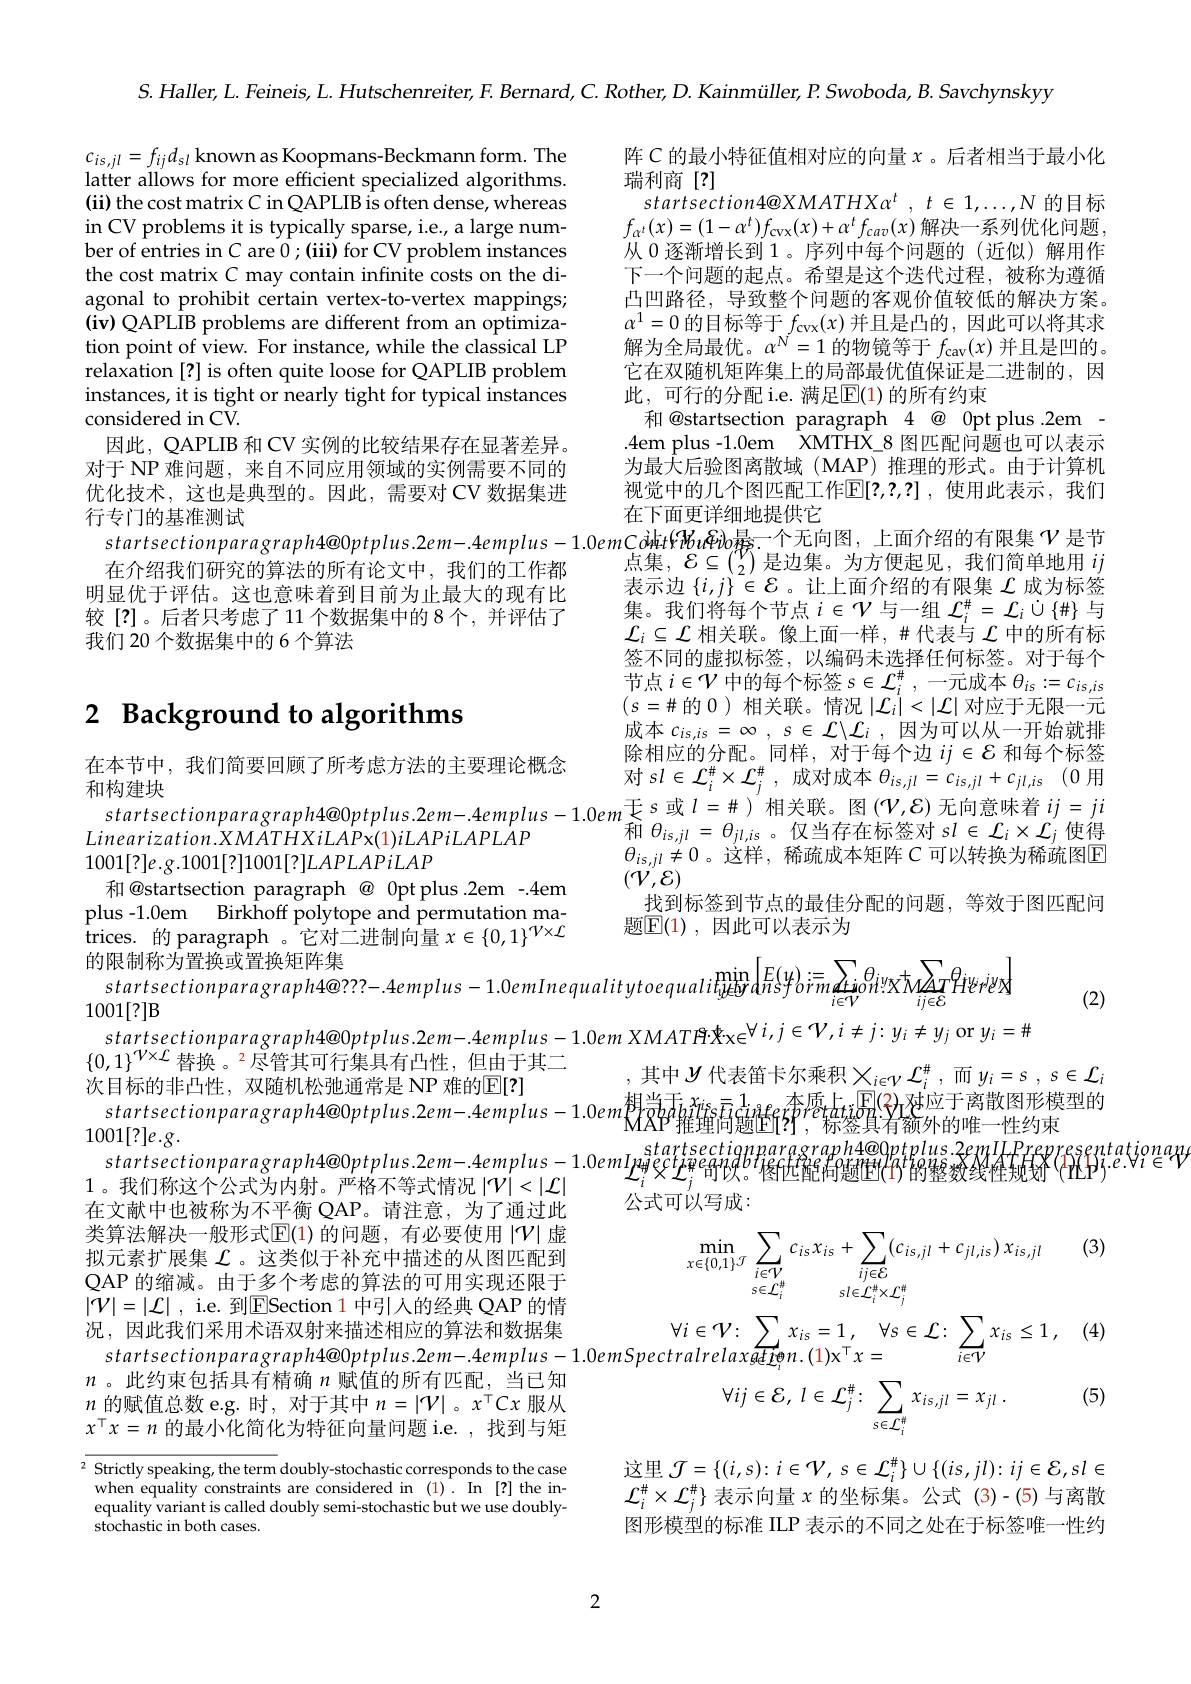
$S.Haller,L.Feineis,L.Hutschenreiter,F.Bernard,C.Rother,D.Kainmüller,P.Swoboda,B.Savchynskyy$

$c_{is,jl}=f_{ij}d_{sl}$ known as Koopmans-Beckmann form. Thelatter allows for more efficient specialized algorithms. (ii) the cost matrix C in QAPLIB is often dense, whereas in CV problems it is typically sparse, i.e., a large number of entries in C are 0;(iii) for CV problem instances the cost matrix C may contain infinite costs on the diagonal to prohibit certain vertex-to-vertex mappings; (iv) QAPLIB problems are different from an optimization point of view. For instance, while the classical LP relaxation [?] is often quite loose for QAPLIB problem instances, it is tight or nearly tight for typical instances considered in CV.
因此，QAPLIB 和 CV 实例的比较结果存在显著差异。对于 NP 难问题，来自不同应用领域的实例需要不同的优化技术，这也是典型的。因此，需要对 CV 数据集进行专门的基准测试
$startsectionparagraph4@0ptplus.2em-.4emplus-1.0emCoiktVHu$Pibo 最一个无向图，上面介绍的有限集$\mathcal{V}$是节
在介绍我们研究的算法的所有论文中，我们的工作都明显优于评估。这也意味着到目前为止最大的现有比较[?]。后者只考虑了11 个数据集中的 8个，并评估了我们 20 个数据集中的 6 个算法

阵$C$的最小特征值相对应的向量$x$。后者相当于最小化
瑞利商[?]
$startsection4@ XMATHX\alpha ^{t}$ , $t\in$ $1, \ldots , N$的目标$f_{\alpha^{t}}(x)=(1-\alpha^{t})f_{\mathrm{cvx}}(x)+\alpha^{t}f_{cav}(x)$解决一系列优化问题， 从 0 逐渐增长到 1。序列中每个问题的(近似)解用作下一个问题的起点。希望是这个迭代过程，被称为遵循凸凹路径，导致整个问题的客观价值较低的解决方案。$\alpha^1=0$的目标等于$f_\mathrm{cvx}(x)$并且是凸的，因此可以将其求解为全局最优。$\alpha^N=1$的物镜等于$f_\mathrm{cav}(x)$并且是凹的。它在双随机矩阵集上的局部最优值保证是二进制的，因此，可行的分配 i.e. 满足$\mathbb{E}(1)$ 的所有约束
和@startsection paragraph 4 @ 0pt plus .2em - .4em plus-1.0em XMTHX\_8 图匹配问题也可以表示$\hat{\text{为最大后验图离散域(MAP)推理的形式。由于计算机}}$ 视觉中的几个图匹配工作$\mathbb{E}[?,?,?]$,使用此表示，我们在下面更详细地提供它
点集，$\mathcal{E}\subseteq\binom{\mathcal V}2$是边集。为方便起见，我们简单地用$ij$ 表示边$\{i,j\}\in\mathcal{E}$ 。让上面介绍的有限集$\mathcal{L}$成为标签集。我们将每个节点$i\in\mathcal{V}$与一组 $\mathcal{L}_i^\#=\mathcal{L}_i\cup\{\#\}$ 与$\mathcal{L}_i\subseteq\mathcal{L}$相关联。像上面一样，并代表与$\mathcal{L}$中的所有标签不同的虚拟标签，以编码未选择任何标签。对于每个节点$i\in\mathcal{V}$中的每个标签$s\in\mathcal{L}_i^\#$,一元成本$\theta_is:=c_is,is$ $(s=\#$的0)相关联。情况$|\mathcal{L}_i|<|\mathcal{L}|$对应于无限一元成本 $c_{is, is}= \infty$ , $s\in \mathcal{L} \backslash \mathcal{L} _{i}$ , 因为可以从一开始就排除相应的分配。同样，对于每个边$ij\in\mathcal{E}$和每个标签
$\text{在 中 }^{\text{中 }\mathrm{, } }$ 我 们 间 变 回 顾 」 仍 存 心 刀 公 时 王 安 理 比 似 心 对 $sl\in \mathcal{L} _i^{\# }\times \mathcal{L} _j^{\# }$,成 对 成 本 $\theta _{is, jll}= c_{is, jl}+ c_{jl, is}$ (0用 和 构 建 块 对 $sl\in \mathcal{L} _i^{\# }\times \mathcal{L} _j^{\# }$,成 对 成 本 $\theta _{is, jll}= c_{is, jl}+ c_{jl, is}$ (0 用 $startsectionparagraph4@ 0ptplus. 2em- 4emplus- 1. 0em$于 $s$ 或 $l=$
和$\theta_{is,jl}=\theta_{jl,is}$。仅当存在标签对$sl\in\mathcal{L}_i\times\mathcal{L}_j$使得$\begin{array}{l}{\theta_{is,jl}\neq0\text{。这样，稀疏成本矩阵 }C\text{ 可以转换为稀疏图E}}\\{(\mathcal V,\mathcal E)}\end{array}$ 找到标签到节点的最佳分配的问题，等效于图匹配问题$\mathbb{E}(1)$,因此可以表示为

## 2 Background to algorithms

在本节中，我们简要回顾了所考虑方法的主要理论概念

$Linearization.XMATHXiLAPx(1)iLAPiLAPLAP$

$1001[?]e.g.1001[?]1001[?]LAPLAPiLAP$

和@startsection paragraph@0ptplus.2em-.4em

plus -1.0em Birkhoff polytope and permutation ma-

$\begin{array}{l}{\mathrm{pus~1.0cint~Dinkion~porytopc~anu~pcintuuton~nu}}\\{\mathrm{trices.~}\text{的 paragraph。它对二进制向量}x\in\{0,1\}^{\mathcal V\times\mathcal{L}}}\\{\mathrm{thetint:L}}\end{array}$

的 限 制 称 为 置 换 或 置 换 矩 阵 集 $startsectionparagraph4@???-.4emplus-1.0emInequalitytoequalim_{y\in\mathbf{b}\mathbf{r}}\left[\lim_{i\neq\mathbf{b}}E(y)_{i=\mathbf{c}}\bar{r}\sum_{i\in\mathbf{v}}\theta_{ii}y_{x}\bar{M}_{ii\in\mathbf{c}}\bar{H}_{i}z_{i}z_{i}z_{i}\right]$

(2)

$\{0,1\}^{\mathcal{V}\times\mathcal{L}}$替换。2尽管其可行集具有凸性，但由于其二
,其中$y$ 代表笛卡尔乘积$\underline{X}_i\in\mathcal{V}\mathcal{L}_i^\#$,而$y_i=s,s\in\mathcal{L}_i$
次目标的非凸性，双随机松驰通常是 NP 难的$\overline{\mathrm{E}}[?]$
认 自 你 时 9+计 口 性 , 从 随 机 公 息 通 书 定 $\mathbf{N} 1$ At日 门 $[ \cdot ]$ $startsectionparagraph4@ 0ptplus. 2em- . 4emplus- 1. 0em$根 $P_{\text{推 撞 咼 f? }^{p}, \text{标 }tti\text{型 }}^{\mathrm{E} }( 2)$梦 应 于 离 散 图 形 模 型 的 $startsectionparagraph4@0ptplus.2em-.4emplus-1.0em\text{R}_{\text{Statsectionnarasanb4@}0ntinlus}2emUPrenresem$
$startsectionparagraph4@0ptplus.2em-4emplus-1.0emI_{2\text{调}_i^{tartsectiqnpararaph4@ppt}}^{\mathrm{startsectiqnpararaph4@pptplus.3epuHPespferatigon}}{\mathrm{startsectiqnparagraph4@pptplus.3epulPespferatigon}}$
在文献中也被称为不平衡 QAP。请注意，为了通过此类算法解决一般形式$\mathbb{E}(1)$的问题，有必要使用$|\mathcal{V}|$虚
(3)
拟元素扩展集$\mathcal{L}$ 。这类似于补充中描述的从图匹配到
$$\min_{x\in\{0,1\}^{\mathcal{J}}}\sum_{\begin{array}{c}i\in\mathcal{V}\\s\in\mathcal{L}_{i}^{\#}\end{array}}c_{is}x_{is}+\sum_{\begin{array}{c}ij\in\mathcal{E}\\sl\in\mathcal{L}_{i}^{\#}\times\mathcal{L}_{j}^{\#}\end{array}}(c_{is,jl}+c_{jl,is})\:x_{is,jl}$$
QAP 的缩减。由于多个考虑的算法的可用实现还限于

$|\mathcal{V}|=|\mathcal{L}|$, i.e.到$\mathbb{E}$Section 1中引人的经典 QAP 的情

况，因此我们采用术语双射来描述相应的算法和数据集

(4)
$$\forall i\in\mathcal{V}\colon\sum_{i\in\mathcal{L}}x_{is}=1\:,\quad\forall s\in\mathcal{L}\colon\sum_{i\in\mathcal{V}}x_{is}\leq1\:,$$
$$\forall ij\in\mathcal{E},\:l\in\mathcal{L}_{j}^{\#}\colon\sum_{s\in\mathcal{L}_{i}^{\#}}x_{is,jl}=x_{jl}\:.$$
$n$ 。此约束包括具有精确$n$赋值的所有匹配，当已知

(5)

$n$的赋值总数 e.g. 时，对于其中$n=|\mathcal{V}|$ 。$x^\top Cx$服从

$x^{\top}x=n$的最小化简化为特征向量问题 i.e. ,找到与矩

这里$\mathcal{J} = \{ ( i, s) : i\in \mathcal{V} $, $s\in \mathcal{L} _{i}^{\# }\} \cup \{ ( is, jl) :$ $ij\in \mathcal{E} , sl\in$ $\mathcal{L}_i^\#\times\mathcal{L}_j^\#\}$表示向量$x$的坐标集。公式 (3)-(5)与离散图形模型的标准 ILP 表示的不同之处在于标签唯一性约

${^2}{\frac{\text{Strictly speaking, the term }}{\text{doubly-stochastic corresponds to the case}}}$ when equality constraints are considered in $(1)^{.}$ In [?] the inequality variant is called doubly semi-stochastic but we use doubly- $\hat{\text{stochastic in both cases.}}$

2